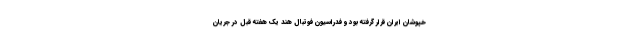
خپوشان ایران قرار گرفته بود و فدراسیون فوتبال هند یک هفته قبل در جریان